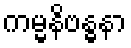
ကမ္မနိဗန္ဓနာ